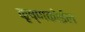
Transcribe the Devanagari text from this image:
कृष्णकोईल